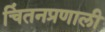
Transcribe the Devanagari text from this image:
चिंतनप्रणाली